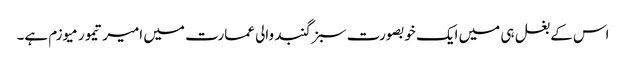
اس کے بغل ہی میں ایک خوبصورت سبز گنبد والی عمارت میں امیر تیمور میوزم ہے۔